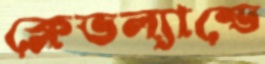
ক্লেভল্যান্ডে